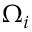
\Omega _ { i }